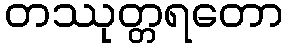
တဿုတ္တရတော